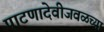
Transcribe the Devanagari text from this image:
पाटणादेवीजवळच्या